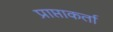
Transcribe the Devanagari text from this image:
प्राप्ताकर्ता